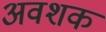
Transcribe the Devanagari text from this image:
अवशक